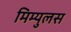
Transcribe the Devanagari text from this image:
मिम्युलस